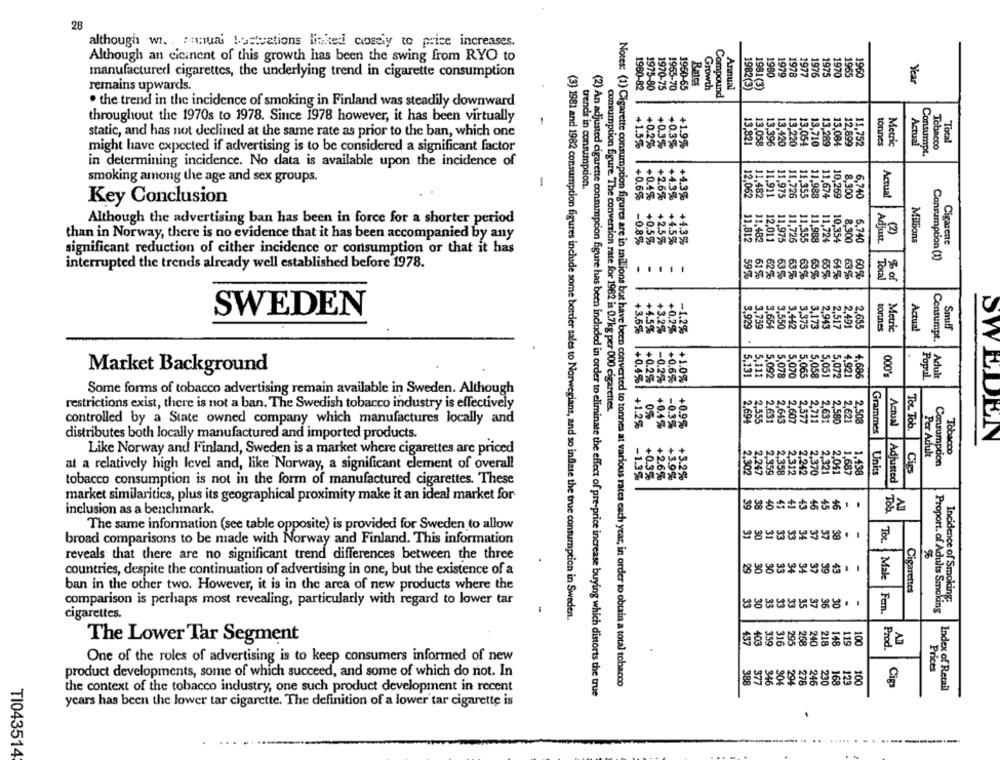
28
although wi. . semuai Lostvations linked costly to price increases.
Although an cicinent of this growth has been the swing from RYO to
manufactured cigarettes, the underlying trend in cigarette consumption
1980
1979
1978
1977
1976
1975
1965
1960
Year
remains upwards.
1980-82
1975-80
1970-75
1955-70
1950-65
Growth
Annual
1982(3)
Compound
. the trend in the incidence of smoking in Finland was steadily downward
throughout the 1970s to 1978. Since 1978 however, it has been virtually
+0.
static, and has not declined at the same rate as prior to the ban, which one
+1.5%
+1.5%
+0.2%
+0.3%
+1.9%
13,058
13.396
13.420
13,220
13.054
13,710
13,289
13,084
12,899
11,752
tonnes
Metric
Actual
Total
might have expected if advertising is to be considered a significant factor
+0.2%
+0.3%
Consumpt.
Tobacco
in determining incidence. No data is available upon the incidence of
smoking among the age and sex groups.
-
trends in consumption.
+0.6%
+0.4%
+2.6%
+4.3%
11,482
11,911
11,975
11,726
11,355
11.988
11,674
8.300
6.740
Actual
Key Conclusion
4.3%
Although the advertising ban has been in force for a shorter period
than in Norway, there is no evidence that it has been accompanied by any
(2)
-0.8%
+2.5%
+4.3%
11,812
11.975
11,726
11,955
11,988
11.724
6,740
Adjust
Millions
Cigarene
significant reduction of either incidence or consumption or that it has
+0.5%
+4.59%
Consumption (1)
interrupted the trends already well established before 1978.
59%
61 %
62%
63%
64%
63%
63%
65%
65%
Tocal
% of
SWEDEN
3.550
3,173
2.517
2.655
Metric
Actual
Snuff
+3.6%
+45%
+3.2%
+0.2%
-1.2%
tonnes
Market Background
5,131
Adul
+0.6%
+1.0%
5,072
000
Popul
+0.4%1
+0.25
-0.2%
Some forms of tobacco advertising remain available in Sweden. Although
restrictions exist, there is not a ban. The Swedish tobacco industry is effectively
NON
consumption figure. The conversion rate for 1982 is 0.7kg per 000 cigarettes.
controlled by a State owned company which manufactures locally and
0%
2,577
2,711
1.2%
+0.9%
2,555
2.580
Actual
ToL Tob.
distributes both locally manufactured and imported products.
+0.4%
-0.3%
Grammes
SWEDEN
Tobacco
Like Norway and Finland, Sweden is a market where cigarettes are priced
Per Adult
Consumption
at a relatively high level and, like Norway, a significant element of overall
2.302
Units
Cip
tobacco consumption is not in the form of manufactured cigarettes. These
-1.3%
+0.3%
+2.6%
+3.9%
+3.2%
Adjusted
market similarities, plus its geographical proximity make it an ideal market for
41
inclusion as a benchmark.
The same information (see table opposite) is provided for Sweden to allow
broad comparisons to be made with Norway and Finland. This information
TOL
reveals that there are no significant trend differences between the three
countries, despite the continuation of advertising in one, but the existence of a
37
39
ban in the other two. However, it is in the area of new products where the
Cigarettes
comparison is perhaps most revealing, particularly with regard to lower tar
cigarettes.
(3) 1981 and 1982 consumption figures include some border sales to Norwegians, and so inflate the true consumption in Sweden.
Fern.
Proport. of Adults Smoking
Incidence of Smoking:
The Lower Tar Segment
295
268
240
437
218
100
Prod.
ADI
One of the roles of advertising is to keep consumers informed of new
Prices
product developments, some of which succeed, and some of which do not. In
Notes: (1) Cigarette consumption figures are in millions but have been converted to tonnes at various rates each year, in order to obtain a total tobacco
388
246
230
Cip
the context of the tobacco industry, one such product development in recent
(2) An adjusted cigarette conmmpoion figure has been included in order to eliminate the effect of pre-price increase buying which distorts the true
Index of Retail
ycars has been the lower tar cigarette. The definition of a lower tar cigarette is
TI043514